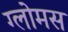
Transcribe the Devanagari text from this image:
ग्लोमस